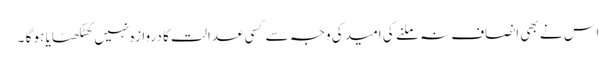
اس نے بھی انصاف نہ ملنے کی امید کی وجہ سے کسی عدالت کا دروازہ نہیں کھٹکھٹایا ہو گا ۔